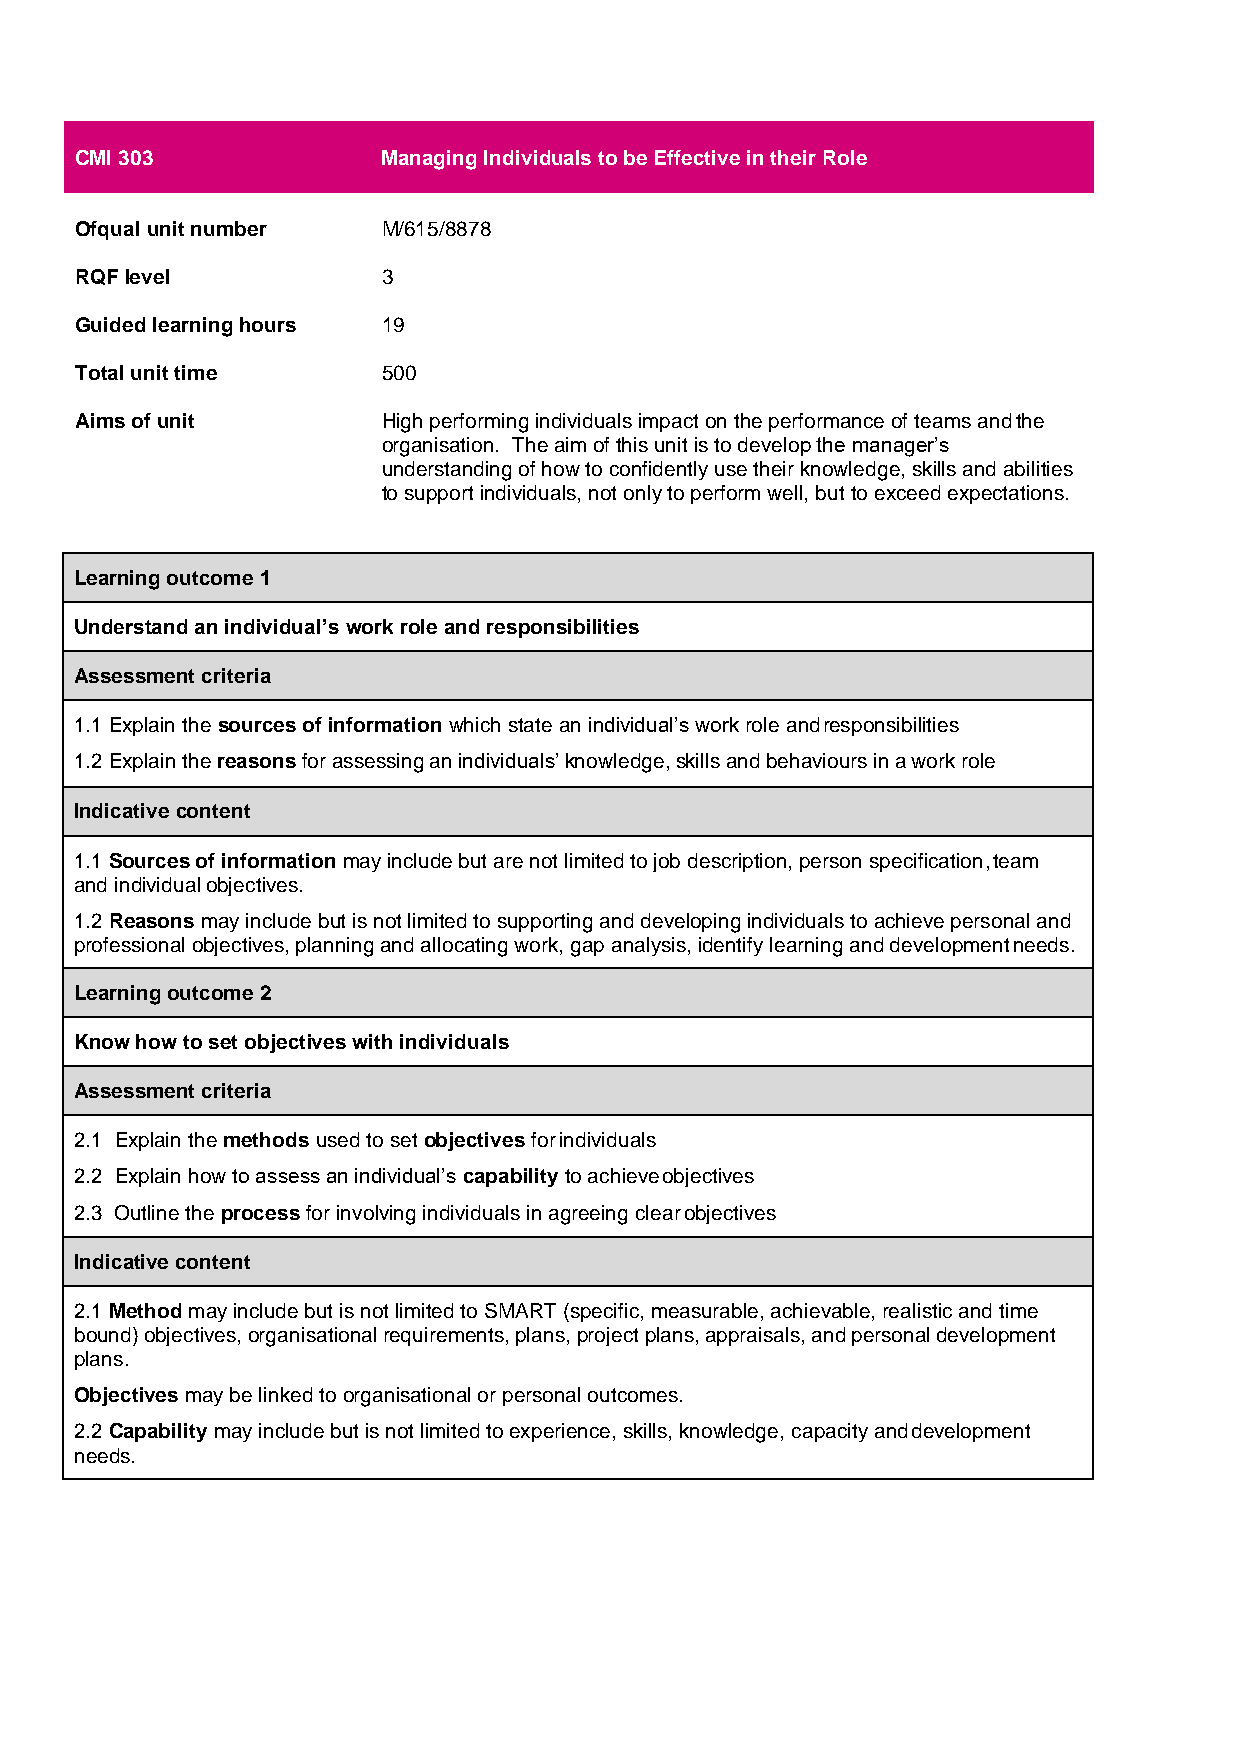
CMI 303             Managing Individuals to be Effective in their Role
 Ofqual unit number  M/615/8878
 RQF level           3
 Guided learning hours 19
 Total unit time     500
 Aims of unit        High performing individuals impact on the performance of teams and the
 organisation. The aim of this unit is to develop the manager’s
 understanding of how to confidently use their knowledge, skills and abilities
 to support individuals, not only to perform well, but to exceed expectations.
 Learning outcome 1
 Understand an individual’s work role and responsibilities
 Assessment criteria
 1.1 Explain the sources of information which state an individual’s work role and responsibilities
 1.2 Explain the reasons for assessing an individuals’ knowledge, skills and behaviours in a work role
 Indicative content
 1.1 Sources of information may include but are not limited to job description, person specification, team
 and individual objectives.
 1.2 Reasons may include but is not limited to supporting and developing individuals to achieve personal and
 professional objectives, planning and allocating work, gap analysis, identify learning and development needs.
 Learning outcome 2
 Know how to set objectives with individuals
 Assessment criteria
 2.1 Explain the methods used to set objectives for individuals
 2.2 Explain how to assess an individual’s capability to achieve objectives
 2.3 Outline the process for involving individuals in agreeing clear objectives
 Indicative content
 2.1 Method may include but is not limited to SMART (specific, measurable, achievable, realistic and time
 bound) objectives, organisational requirements, plans, project plans, appraisals, and personal development
 plans.
 Objectives may be linked to organisational or personal outcomes.
 2.2 Capability may include but is not limited to experience, skills, knowledge, capacity and development
 needs.